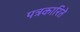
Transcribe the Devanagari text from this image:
पत्रकारिते